Bréfritari: Jón Árnason
Viðtakandi: Jón Borgfirðings Jónsson
Dagsetning: A-1864-07-22
Skrifað á: Víðimýri  Skag.

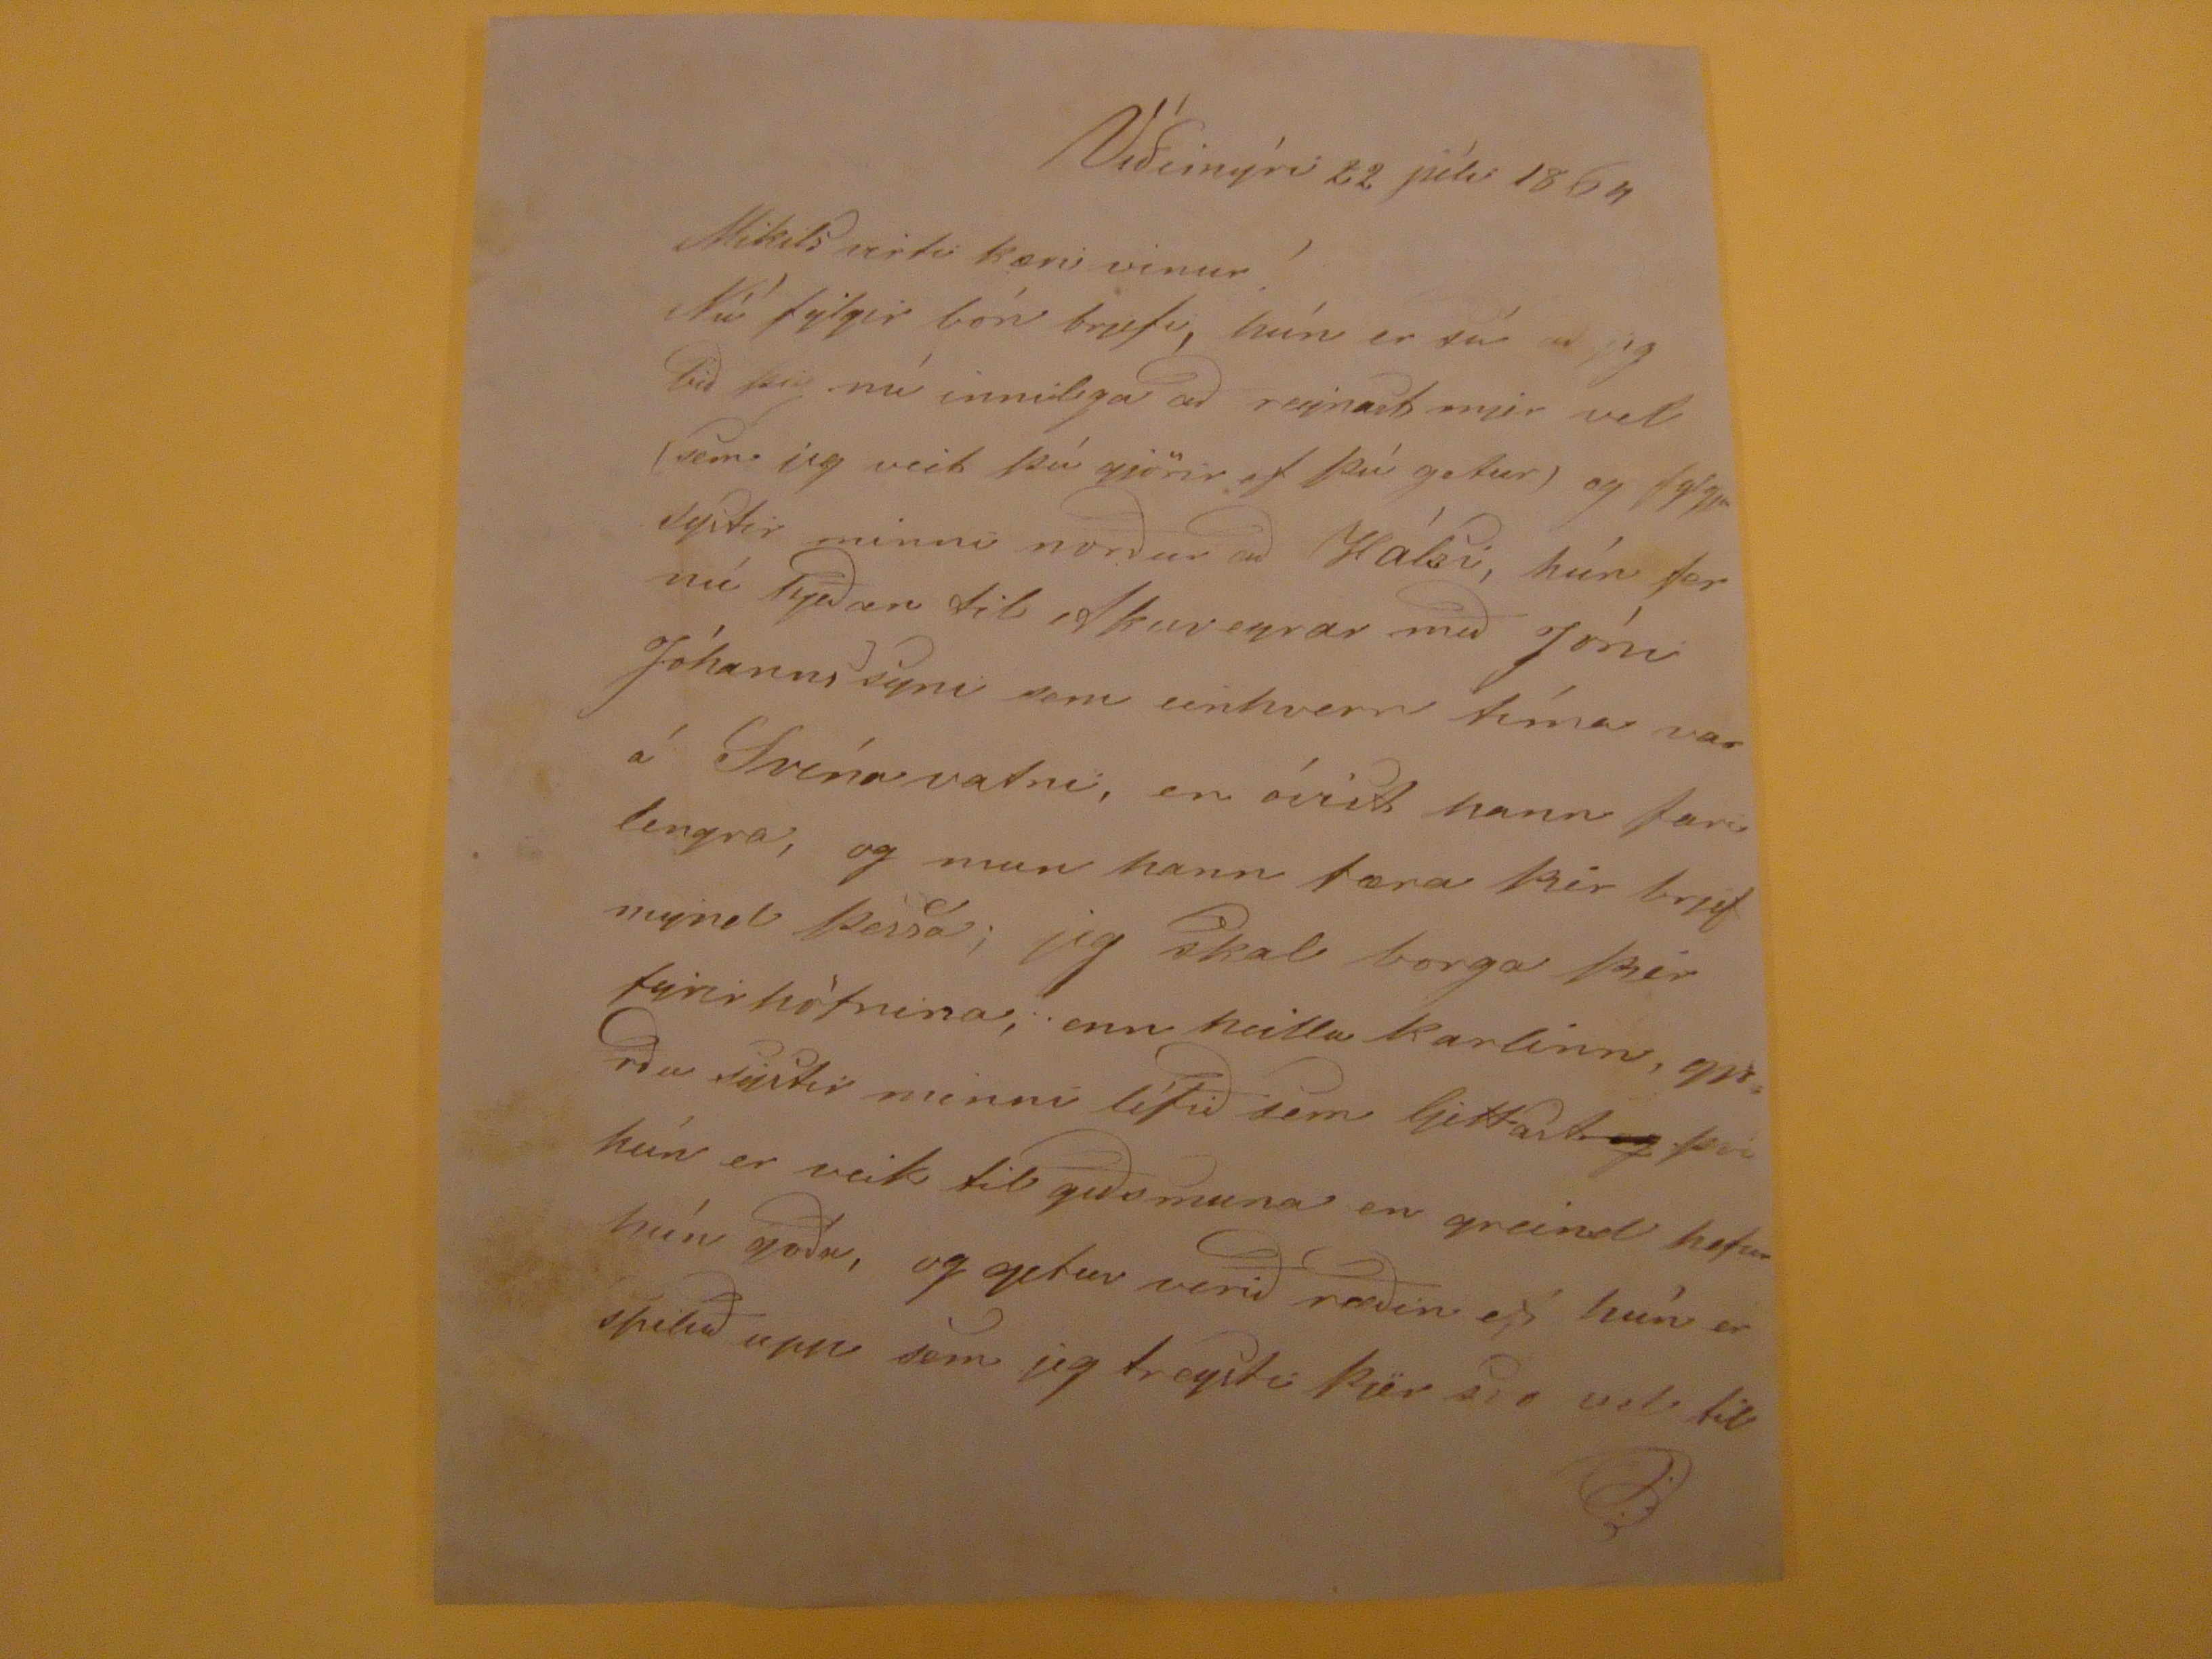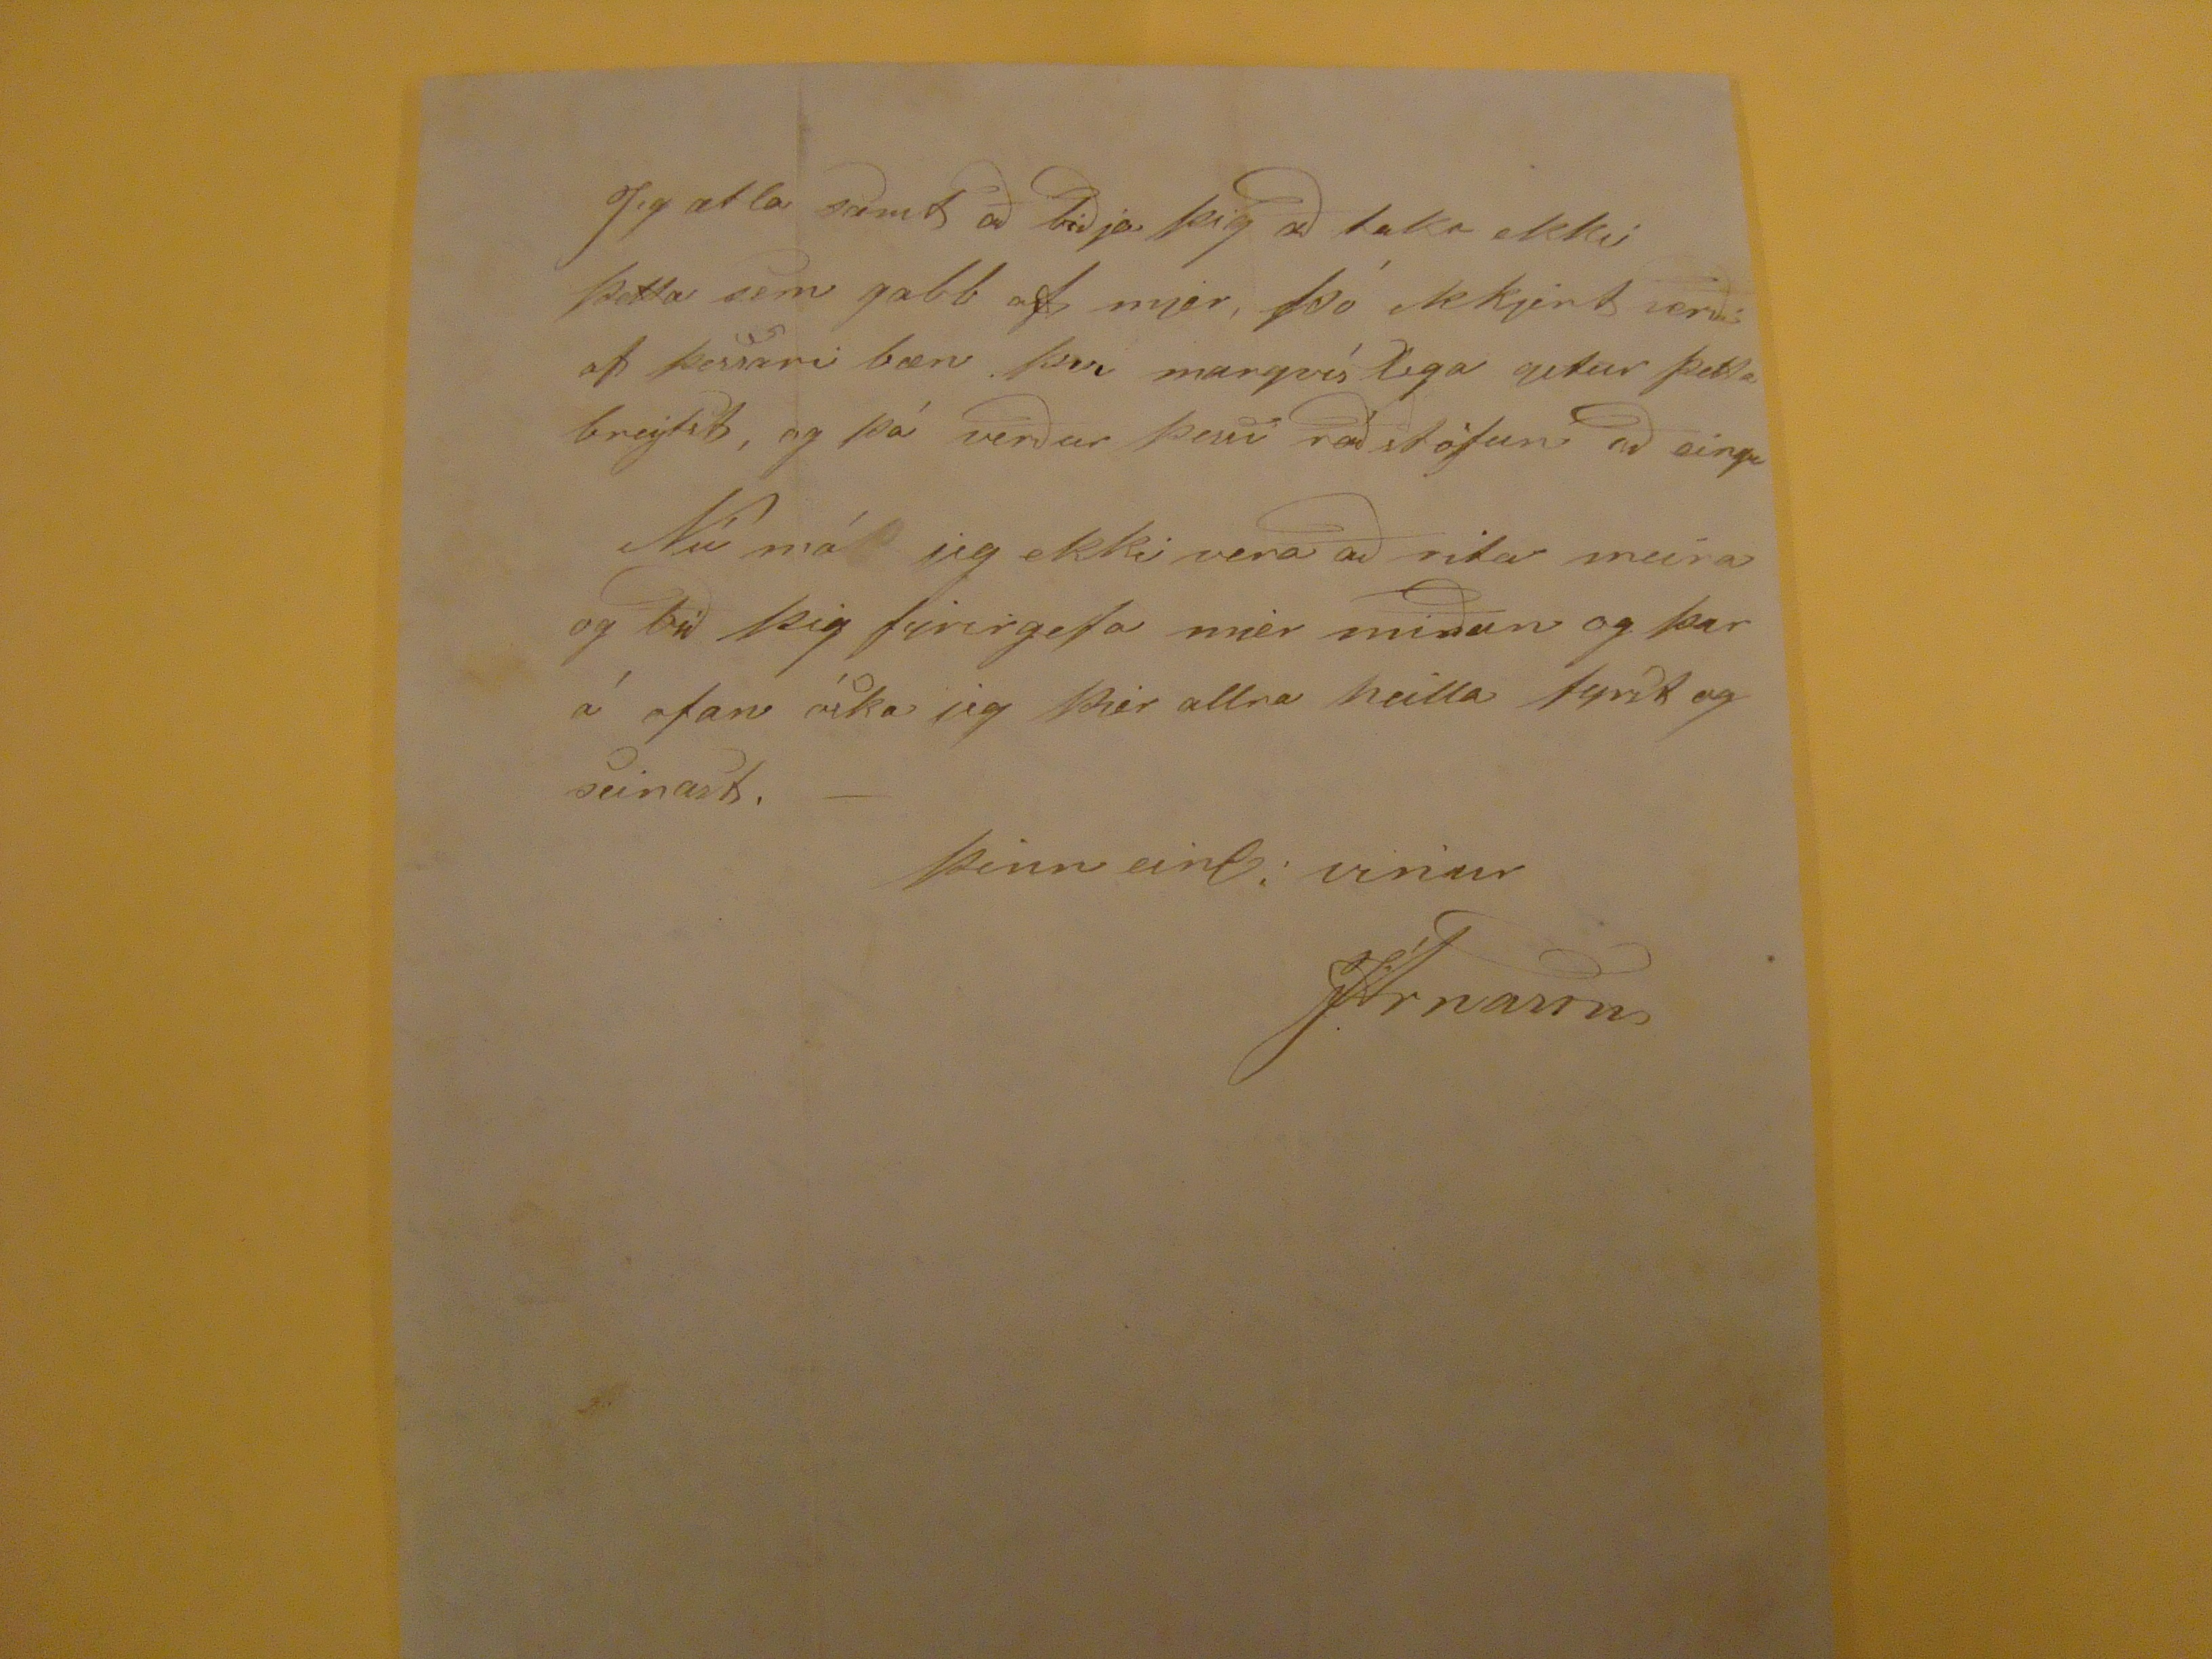

Víðimýri 22 júli 1864
Mikils virti kæri vinur!
Nú gylgir bón brjefi húne r sú að jeg bið þig nú innilega að reynast mjer vel (sem jeg veit þú gjörir ef þú getur) og
fylgja Systir
minni norður að Hálsi, hún fer nú
Syðan
til Akureyrar með Jóni Jóhannssyni sem einhvern tíma var á Svínavatni, en óvist hann fari lengra, og mun hann færa þér brjef mynd þessa; jeg skal borga þér fyrirhöfnina, enn heilla karlinn,
gjerðu systir
minni lífið sem ljettast
og
þvi hún er veik til geðsmuna en greind hefur hún góða, og getur verið ræðin ef hún er
spiluð
upp sem jeg treysti þjer
svo
vel til
Jeg ætla samt að biðja þig að taka ekki þetta sem gabb af mjer, þó ekkjert verði af þessari bæn þvi margvís lega getur þetta breytst, og þá verður þessi ráðstöfun að eingu Nú má jeg ekki vera að rita meira og bið þig fyrirgefa mér miðan og þar á ofan óska jeg þjer allra heilla fyrst og seinast. -
þinn einl. vinur
JÁrnason